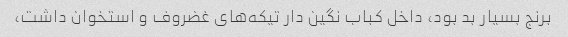
برنج بسیار بد بود، داخل کباب نگین دار تیکه‌های غضروف و استخوان داشت،